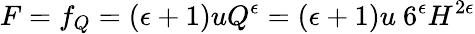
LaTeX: F=f_{Q}=(\epsilon+1)uQ^{\epsilon}=(\epsilon+1)u~6^{\epsilon}H^{2\epsilon}